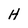
Character: H